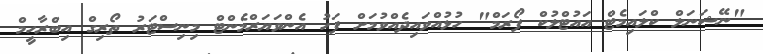
"ނޭޝަނަލް ކްލައިމެޓް އައުޓްލުކް ފޯރަމް" ހުޅުއްވައިދެއްވުމަށް ފަހު އެންވަޔަރްމެންޓް މިނިސްޓަރު ތޯރިގް އިބްރާހީމް